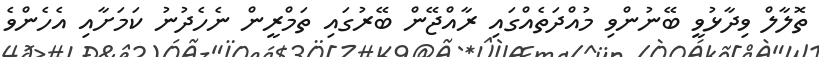
ތޮލާލް ވިދާޅުވީ ބޭނުންވި މުއްދަތެއްގައި ރާއްޖޭން ބޭރުގައި ތަމްރީން ނެހެދުނު ކަމަށާއި އެހެންވެ